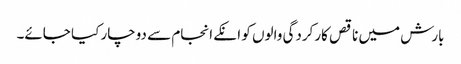
بارش میں ناقص کارکردگی والوں کو انکے انجام سے دوچار کیا جائے۔